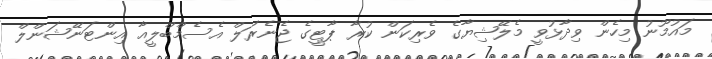
މައުމޫނު މިހެން ވިދާޅުވީ މެލޭޝިޔާގެ ވެރިކަން ކުރާ ޕާޓީގެ ޖެނެރަލް އެސެމްބްލީއާ އިންޓަނޭޝަންލް